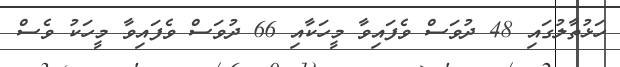
ހަޅުތާލުގައި 48 ދުވަސް ވެފައިވާ މީހަކާއި 66 ދުވަސް ވެފައިވާ މީހަކު ވެސް